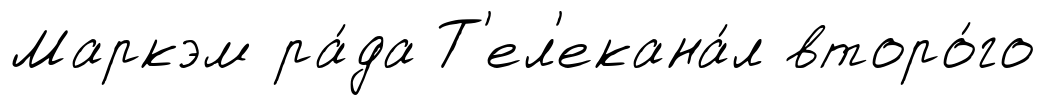
Маркэм ра́да Т'ел'екана́л второ́го